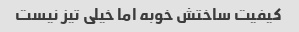
کیفیت ساختش خوبه اما خیلی تیز نیست